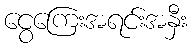
ငွေကြေးအရင်းအနှီး